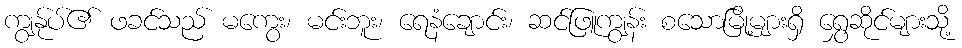
ကျွန်ုပ်၏ ဖခင်သည် မကွေး၊ မင်းဘူး၊ ရေနံချောင်း၊ ဆင်ဖြူကျွန်း စသောမြို့များရှိ ရွှေဆိုင်များသို့